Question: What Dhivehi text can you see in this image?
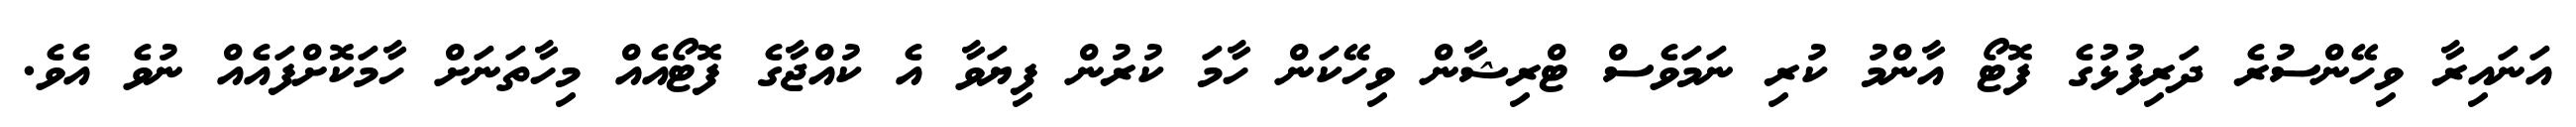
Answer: އަނައިރާ ވިހޭންސުރެ ދަރިފުޅުގެ ފޮޓޯ އާންމު ކުރި ނަމަވެސް ޓްރިޝާން ވިހޭކަން ހާމަ ކުރުން ފިޔަވާ އެ ކުއްޖާގެ ފޮޓޯއެއް މިހާތަނަށް ހާމަކޮށްފައެއް ނުވެ އެވެ.